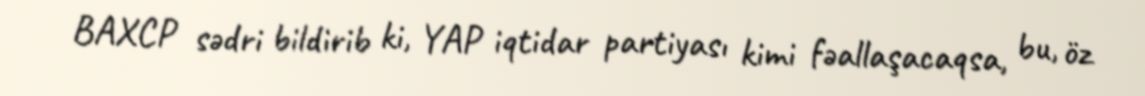
BAXCP sədri bildirib ki, YAP iqtidar partiyası kimi fəallaşacaqsa, bu, öz